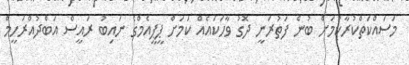
މަސައްކަތްކުރާކަމަށް ބުނެ ފަތުރަނީ ދޮގު ވާހަކައެއް ކަމަށް ޕީޕީއެމްގެ ނައިބު ރައީސް އަބްދުއްރަހީމް